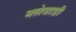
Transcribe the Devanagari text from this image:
मसेवाडी